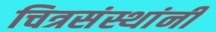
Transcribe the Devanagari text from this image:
चित्रसंस्थांनी